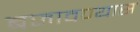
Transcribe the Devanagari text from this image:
बजावण्यास